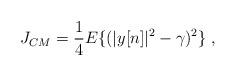
LaTeX: \begin{align*}J_{CM}=\frac{1}{4}E\{(|y[n]|^2-\gamma)^2\}\;,\end{align*}